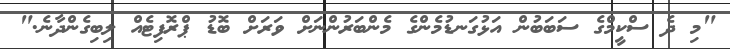
"މި ދެ ސްކީމްގެ ސަބަބުން އަޅުގަނޑުމެންގެ މެންބަރުންނަށް ވަރަށް ބޮޑު ޕްރޮފިޓެއް ލިބިގެންދާނެ."